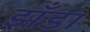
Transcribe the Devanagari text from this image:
झँडा